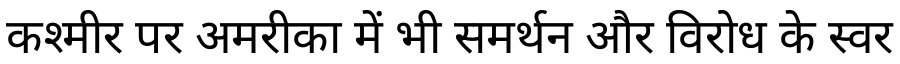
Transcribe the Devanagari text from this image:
कश्मीर पर अमरीका में भी समर्थन और विरोध के स्वर